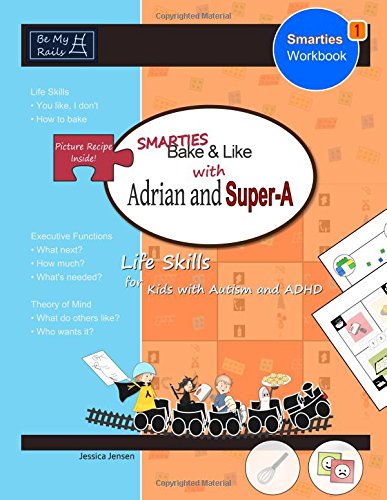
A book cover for Smarties Bake & Like with Adrian and Super-A: Life Skills for Kids with Autism and ADHD (Smarties Workbook); Jessica Jensen; Health, Fitness & Dieting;